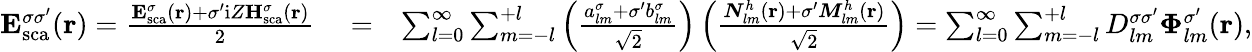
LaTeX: \begin{array}{rlr}{{\mathbf E}_{\mathrm{{sca}}}^{\sigma\sigma^{\prime}}({\mathbf r})=\frac{{\mathbf E}_{\mathrm{{sca}}}^{\sigma}({\mathbf r})+\sigma^{\prime}\mathrm{i}Z{\mathbf H}_{\mathrm{{sca}}}^{\sigma}({\mathbf r})}{2}}&{{}=}&{\sum_{l=0}^{\infty}\sum_{m=-l}^{+l}\left(\frac{{a_{lm}^{\sigma}+\sigma^{\prime}b_{lm}^{\sigma}}}{\sqrt{2}}\right)\left(\frac{{\boldsymbol{N}}_{lm}^{h}({\mathbf r})+\sigma^{\prime}{\boldsymbol{M}}_{lm}^{h}({\mathbf r})}{\sqrt{2}}\right)=\sum_{l=0}^{\infty}\sum_{m=-l}^{+l}D_{lm}^{\sigma\sigma^{\prime}}\boldsymbol{\Phi}_{lm}^{\sigma^{\prime}}({\mathbf r}),}\end{array}